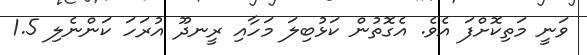
ވަނީ މަތިކޮށްފަ އެވެ. އެގޮތުން ކަޅުބިލަ މަހާއި ރީނދޫ އުރަހަ ކަންނެލި 1.5